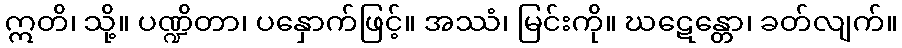
ဣတိ၊ သို့။ ပဏ္ဍိတာ၊ ပနှောက်ဖြင့်။ အဿံ၊ မြင်းကို။ ဃဋေန္တော၊ ခတ်လျက်။